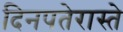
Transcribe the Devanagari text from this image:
दिनपतेरास्ते